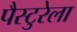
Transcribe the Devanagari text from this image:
पैस्टुरेला